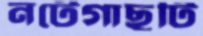
নটেগাছটি